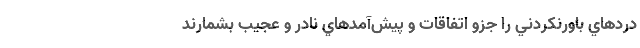
دردهاي باورنكردني را جزو اتفاقات و پيش‌آمدهاي نادر و عجيب بشمارند